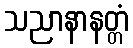
သညာနာနတ္တံ